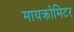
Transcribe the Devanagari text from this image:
मायक्रोमिटर